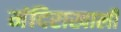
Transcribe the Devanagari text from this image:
मंदिराखाली